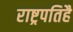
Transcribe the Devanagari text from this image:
राष्ट्रपतिहै